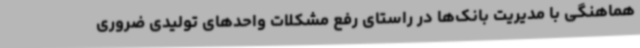
هماهنگی با مدیریت بانک‌ها در راستای رفع مشکلات واحدهای تولیدی ضروری